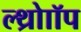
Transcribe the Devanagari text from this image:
ल्थ्रोाॉप